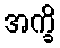
အက္ခိ